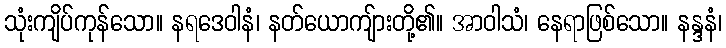
သုံးကျိပ်ကုန်သော။ နရဒေဝါနံ၊ နတ်ယောကျ်ားတို့၏။ အာဝါသံ၊ နေရာဖြစ်သော။ နန္ဒနံ၊